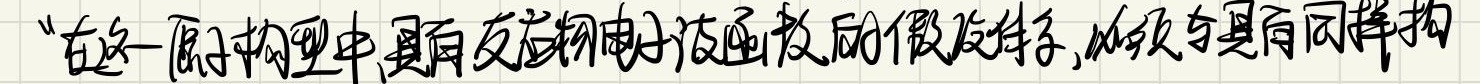
“在这一原子构型中,具有反应物电子波函数的假设条件,必须与具有同样构